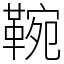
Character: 䩩